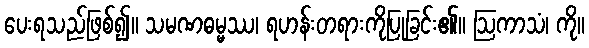
ပေးရသည်ဖြစ်၍။ သမဏဓမ္မဿ၊ ရဟန်းတရားကိုပြုခြင်း၏။ ဩကာသံ၊ ကို။